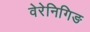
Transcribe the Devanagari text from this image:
वेरेनिगिङ